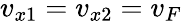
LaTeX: v_{x1}=v_{x2}=v_{F}